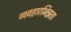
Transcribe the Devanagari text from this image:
व्यवहारभिन्नता